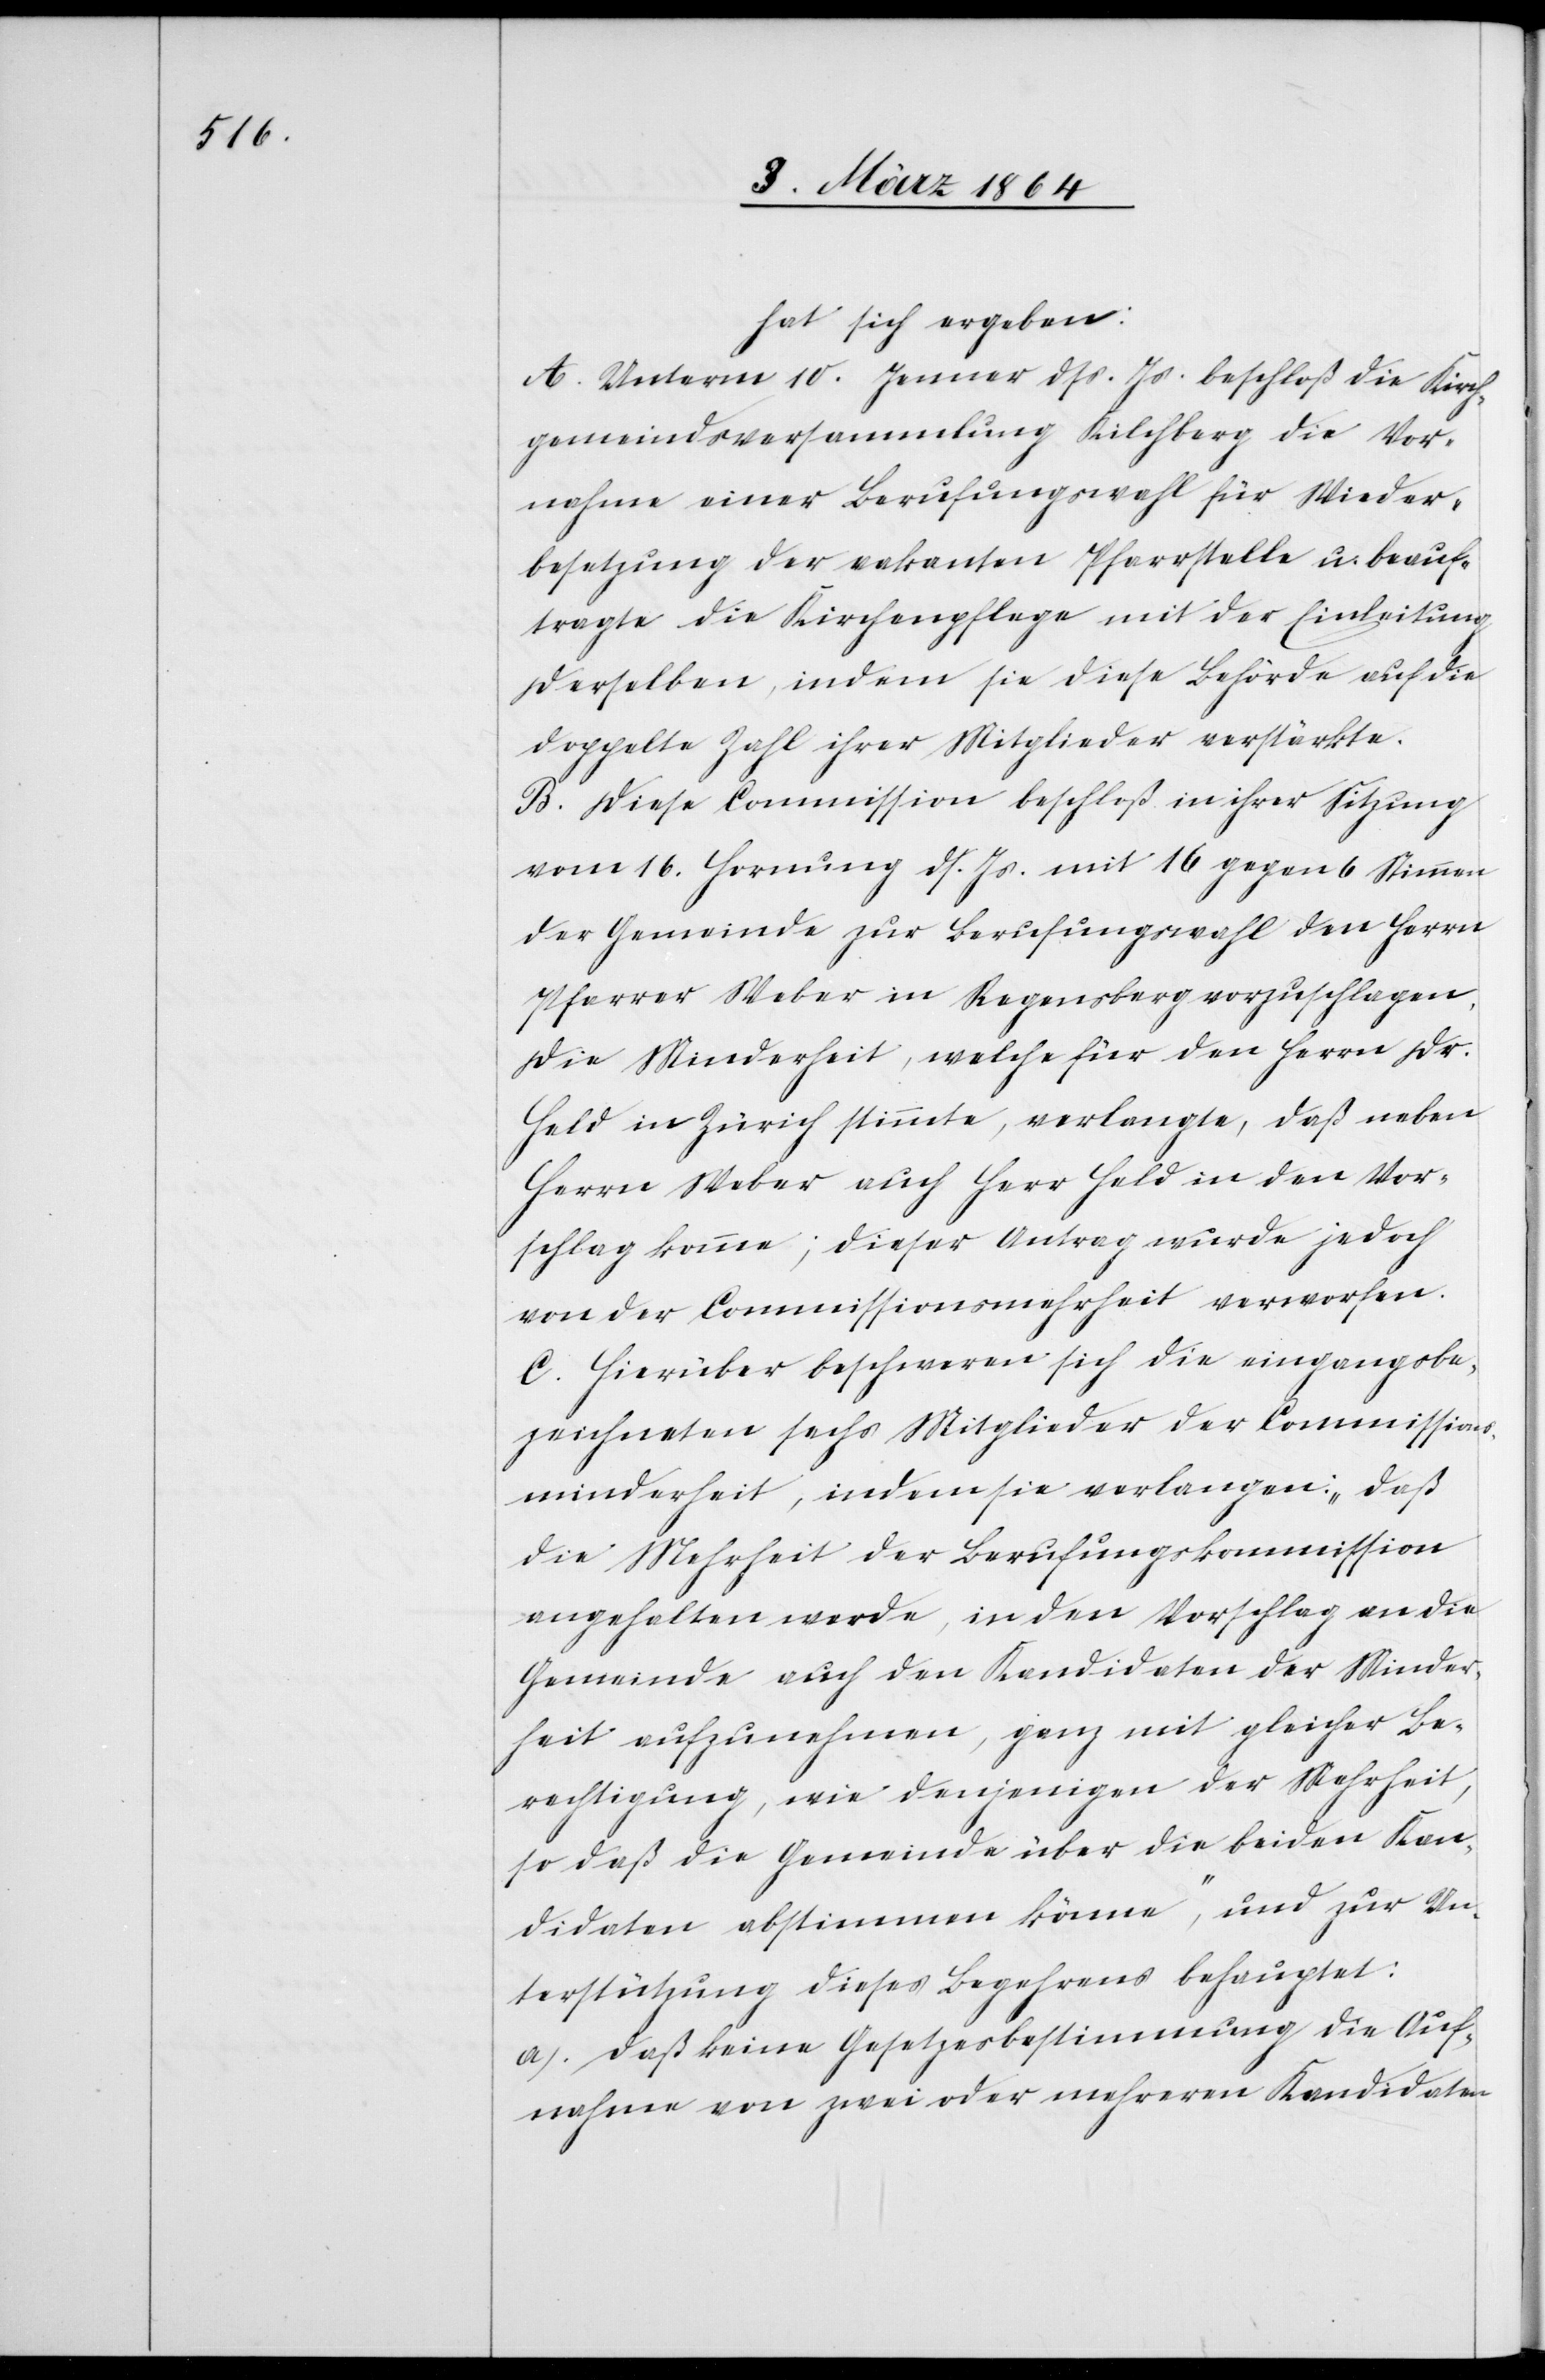
hat sich ergeben:
A. Unterm 10. Januar dss. Js. beschloß die Kirch¬
gemeindsversammlung Kilchberg die Vor¬
nahme einer Berufungswahl für Wieder¬
besetzung der vakanten Pfarrstelle u. beauf¬
tragte die Kirchenpflege mit der Einleitung
derselben, indem sie diese Behörde auf die
doppelte Zahl ihrer Mitglieder verstärkte.
B. Diese Commission beschloß in ihrer Sitzung
vom 16. Hornung ds. Js. mit 16 gegen 6 Stimmen
der Gemeinde zur Berufungswahl den Herrn
Pfarrer Weber in Regensberg vorzuschlagen.
Die Minderheit, welche für den Herrn Dr.
Held in Zürich stimmte, verlangte, daß neben
Herrn Weber auch Herr Held in den Vor¬
schlag komme; dieser Antrag wurde jedoch
von der Commissionsmehrheit verworfen.
C. Hierüber beschweren sich die eingangsbe¬
zeichneten sechs Mitglieder der Commissions¬
minderheit, indem sie verlangen: „daß
die Mehrheit der Berufungskommission
angehalten werde, in den Vorschlag an die
Gemeinde auch den Kandidaten der Minder¬
heit aufzunehmen, ganz mit gleicher Be¬
rechtigung, wie denjenigen der Mehrheit,
so daß die Gemeinde über die beiden Kan¬
didaten abstimmen könne“, und zur Un¬
terstützung dieses Begehrens behauptet:
a.) Daß keine Gesetzesbestimmung die Auf¬
nahme von zwei oder mehreren Kandidaten